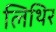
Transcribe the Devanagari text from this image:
लिथिर